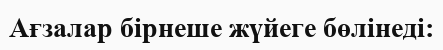
Ағзалар бірнеше жүйеге бөлінеді: